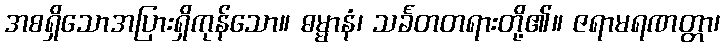
အစရှိသောအပြားရှိကုန်သော။ ဓမ္မာနံ၊ သင်္ခတတရားတို့၏။ ဇရာမရဏတ္တာ၊